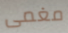
مغمى